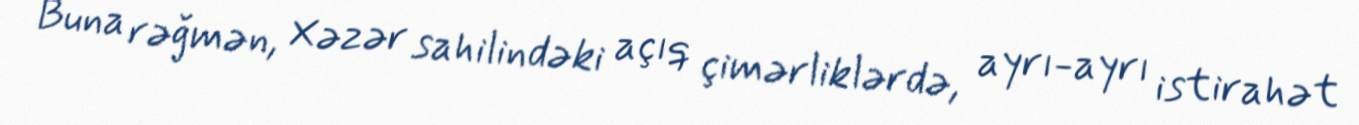
Buna rəğmən, Xəzər sahilindəki açıq çimərliklərdə, ayrı-ayrı istirahət